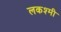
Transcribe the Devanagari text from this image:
लकश्मी